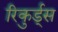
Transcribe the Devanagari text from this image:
रिकुर्ड्स